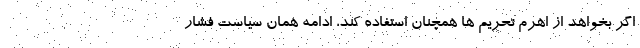
اگر بخواهد از اهرم تحریم ها همچنان استفاده کند، ادامه همان سیاست فشار